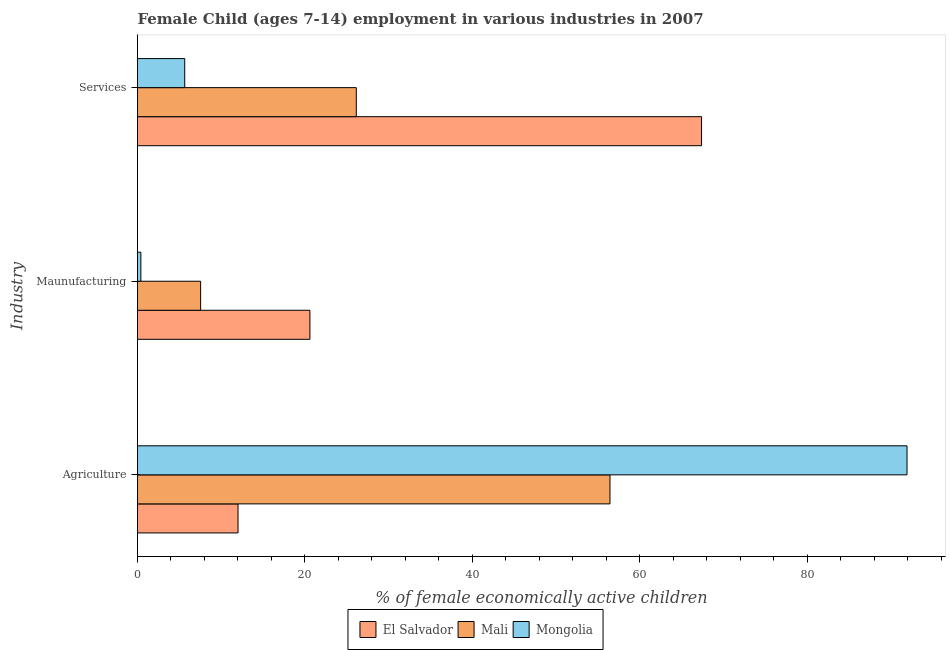
| Industry | El Salvador | Mali | Mongolia |
 | --- | --- | --- | --- |
 | Agriculture | 12 | 56.5 | 91.9 |
 | Maunufacturing | 20.6 | 7.54 | 0.4 |
 | Services | 67.4 | 26.1 | 5.64 |